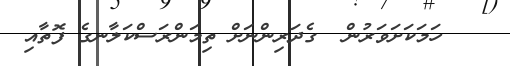
ހަމަކަށަވަރުން  ގެދަރިންނަށް ތިމަންރަސްކަލާނގެ ފޮތާއި